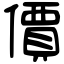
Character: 價